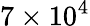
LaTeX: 7\times 10^{4}